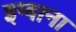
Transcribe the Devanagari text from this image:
इग्वाना